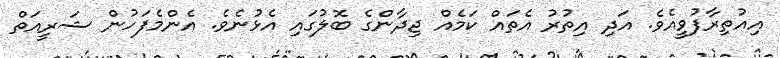
އިއުތިރާފުވީއެވެ. އަދި އިތުރު އެތައް ކަމެއް ޖިދާންގެ ބޮލުގައި އެޅުނެވެ. އެންމެފަހުން ޝަރީއަތް